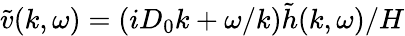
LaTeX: \tilde{v}(k,\omega)=\left(iD_{0}k+\omega/k\right)\tilde{h}(k,\omega)/H